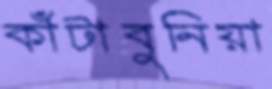
কাঁটাবুনিয়া